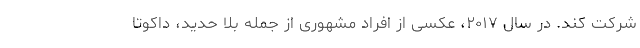
شرکت کند. در سال ۲۰۱۷، عکسی از افراد مشهوری از جمله بلا حدید، داکوتا